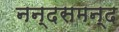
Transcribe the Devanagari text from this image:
नन्‍दसमन्‍द